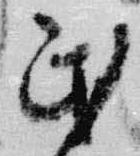
民